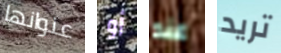
عنوانها أو عند تريد